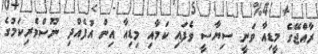
ރާއްޖޭގެ މީޑިއާ ވަނީ ސިޔާސީ ވެފައި ކަމާއި މިޑިއާ އިން އުފެއްދި ނޫސްވެރިކަމުގެ